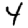
Digit: 4